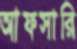
আফসারি